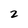
Character: 2